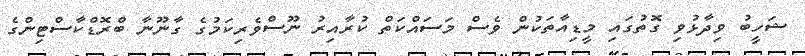
ޝަހީބު ވިދާޅުވި ގޮތުގައި މީޑިއާތަކުން ވެސް މަސައްކަތް ކުރާއިރު ނޫސްވެރިކަމުގެ ގާނޫނާ ބްރޮޑްކާސްޓިންގެ